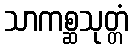
သာကစ္ဆသုတ္တံ